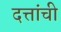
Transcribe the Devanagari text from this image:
दत्तांची